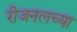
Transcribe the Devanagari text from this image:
रीजनलच्या